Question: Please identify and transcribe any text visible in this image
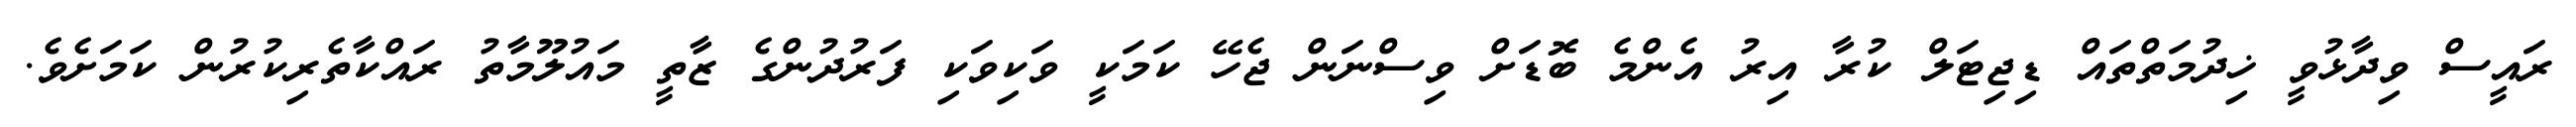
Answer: ރައީސް ވިދާޅުވީ ޚިދުމަތްތައް ޑިޖިޓަލް ކުރާ އިރު އެންމެ ބޮޑަށް ވިސްނަން ޖެހޭ ކަމަކީ ވަކިވަކި ފަރުދުންގެ ޒާތީ މައުލޫމާތު ރައްކާތެރިކުރުން ކަމަށެވެ.